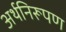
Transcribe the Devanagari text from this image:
अर्थनिरूपण